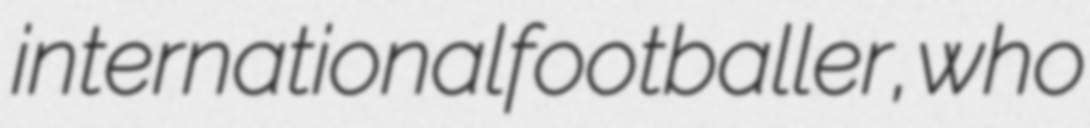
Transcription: international footballer, who